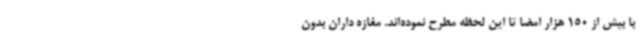
با بیش از 150 هزار امضا تا این لحظه مطرح نموده‌اند. مغازه داران بدون